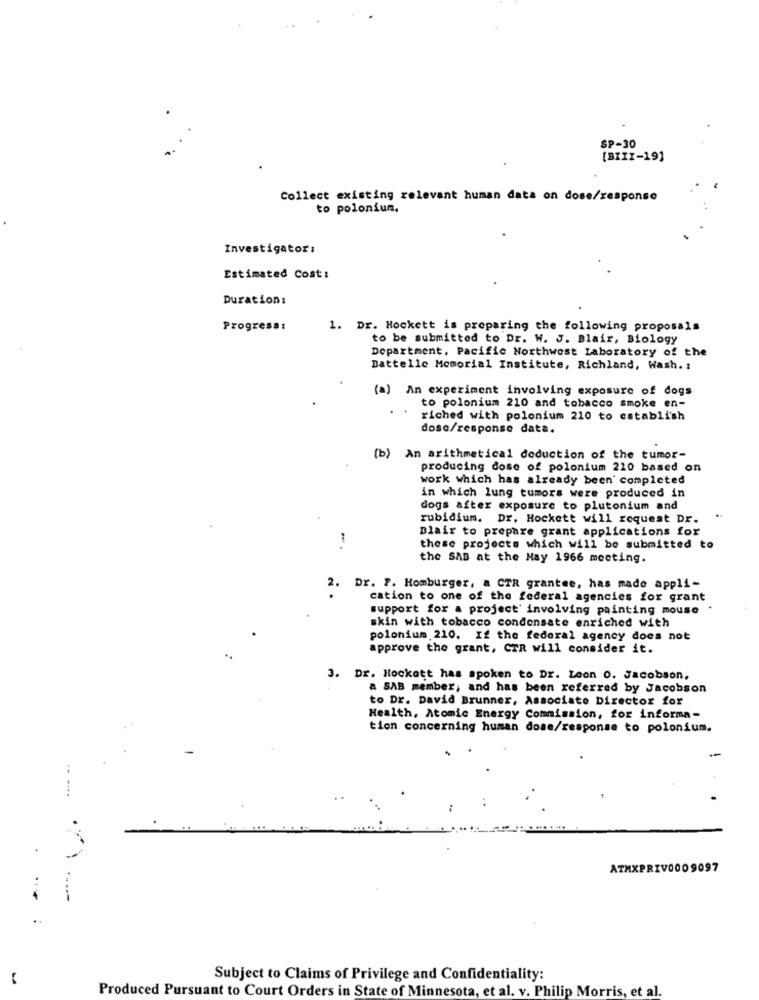
SP-30
[BIII-19]
Collect existing relevant human data on dose/response
to polonium.
Investigators
Estimated Cost:
Duration:
Progress:
1. Dr. Hockett is preparing the following proposals
to be submitted to Dr. W. J. Blair, Biology
Department. Pacific Northwest Laboratory of the
Battelle Memorial Institute, Richland, Wash. :
(a) An experiment involving exposure of dogs
to polonium 210 and tobacco smoke en-
riched with polonium 210 to establish
doso/response data.
An arithmetical deduction of the tumor-
producing dose of polonium 210 based on
work which has already been completed
in which lung tumors were produced in
dogs after exposure to plutonium and
rubidium. Dr. Hockett will request Dr.
Blair to prepare grant applications for
these projects which will be submitted to
the SAB at the May 1966 meeting.
2.
Dr. P. Homburger, a CTR grantee, has made appli-
cation to one of the federal agencies for grant
support for a project involving painting mouse
. .
skin with tobacco condensate enriched with
polonium 210. If the federal agency does not
approve the grant, CTR will consider it.
3. Dr. Hockett has spoken to Dr. Leon 0. Jacobson,
a SAB member, and has been referred by Jacobson
to Dr. David Brunner, Associate Director for
Health, Atomic Energy Commission, for informa-
tion concerning human dose/response to polonium.
ATMXPRIV0009097
Subject to Claims of Privilege and Confidentiality:
Produced Pursuant to Court Orders in State of Minnesota, et al. v. Philip Morris, et al.